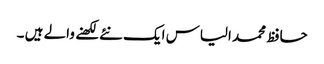
حافظ محمد الیاس ایک نئے لکھنے والے ہیں ۔